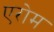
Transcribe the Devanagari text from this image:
एरोम